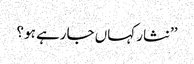
’’نثار کہاں جارہے ہو ؟